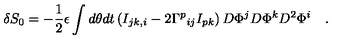
\delta S _ { 0 } = - \frac { 1 } { 2 } \epsilon \int d \theta d t \left( I _ { j k , i } - 2 { \Gamma ^ { p } } _ { i j } I _ { p k } \right) D \Phi ^ { j } D \Phi ^ { k } D ^ { 2 } \Phi ^ { i } \quad .